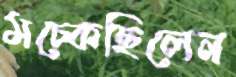
মচ্‌কেছিলেন